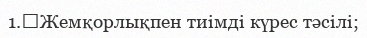
1.	Жемқорлықпен тиімді күрес тәсілі;